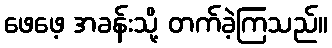
ဖေဖေ့ အခန်းသို့ တက်ခဲ့ကြသည်။